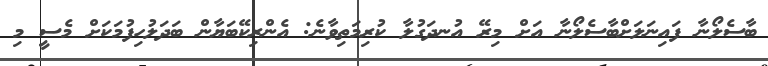
ބާސެލޯނާ ފައިނަލަށްބާސެލޯނާ އަށް މިރޭ އުނދަގުލާ ކުރިމަތިވާނެ: އެންރިކޭބަޔާން ބަދަލުހިފުމަކަށް މެސީ މި